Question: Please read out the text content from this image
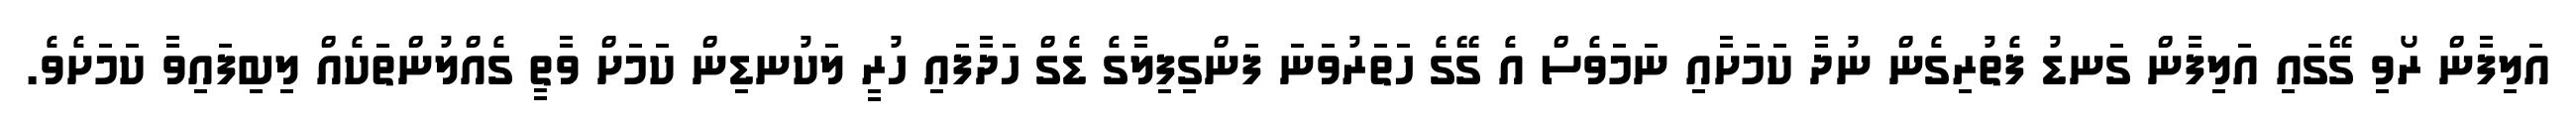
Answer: އަލިފާން ރޯވި ގޭގައި އަލިފާން ގަނޑު ފެތުރިގެން ނުދާ ކަމަށާއި ނަމަވެސް އެ ގޭގެ ހަތަރުވަނަ ފަންގިފިލާގެ ޑެގް ހަދާފައި ހުރީ ލަކުނޑިން ކަމަށް ވާތީ ގެއްލުންތަކެއް ލިބިފައިވާ ކަމަށެވެ.